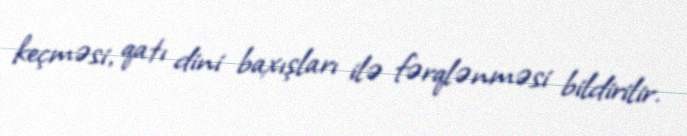
keçməsi, qatı dini baxışları ilə fərqlənməsi bildirilir.